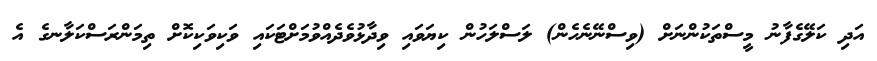
އަދި ކަލޭގެފާނު މީސްތަކުންނަށް (ވިސްނޭނެހެން) ލަސްލަހުން ކިޔަވައި ވިދާޅުވެދެއްވުމަށްޓަކައި ވަކިވަކިކޮށް ތިމަންރަސްކަލާނގެ އެ